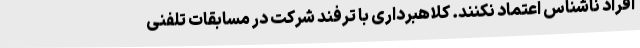
افراد ناشناس اعتماد نکنند. کلاهبرداری با ترفند شرکت در مسابقات تلفنی